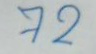
72